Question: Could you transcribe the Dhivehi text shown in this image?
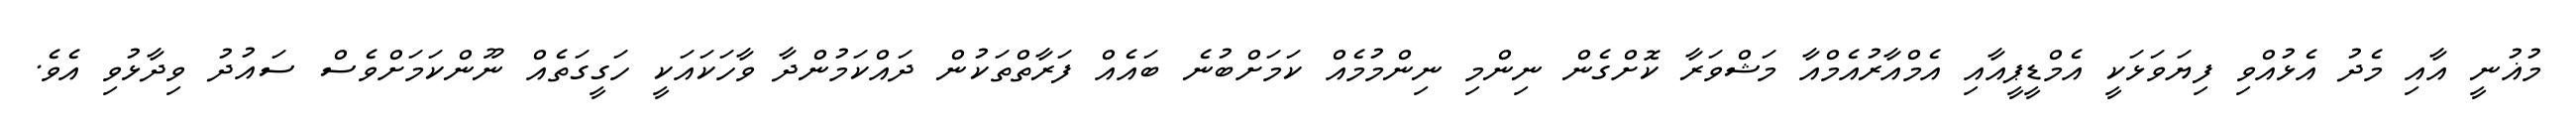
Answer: މުޣުނީ އާއި މެދު އެޅުއްވި ފިޔަވަޅަކީ އެމްޑީޕީއާއި އެމްއާރުއެމްއާ މަޝްވަރާ ކޮށްގެން ނިންމި ނިންމުމެއް ކަމަށްބުނެ ބައެއް ފަރާތްތަކުން ދައްކަމުންދާ ވާހަކައަކީ ހަގީގަތެއް ނޫންކަމަށްވެސް ސައުދު ވިދާޅުވި އެވެ.